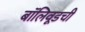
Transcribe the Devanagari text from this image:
बॉलिवूडची